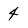
Character: 4